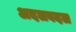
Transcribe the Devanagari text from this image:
अदलबदल